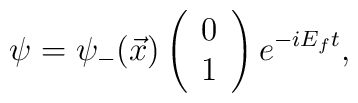
\psi = {\psi}_- ( \vec{x}) \left(\begin{array}{c} 0 \\ 1 \end{array}\right) e^{-i E_f t } ,